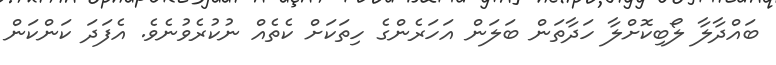
ބައްދާލާ ލޯބިކޮށްލާ ހަދާތަން ބަލަން އަހަރެންގެ ހިތަކަށް ކެތެއް ނުކުރެވުނެވެ. އެފަދަ ކަންކަން